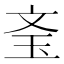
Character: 𰡲